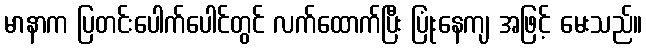
မာနာက ပြတင်းပေါက်ပေါင်တွင် လက်ထောက်ပြီး ပြုံးနေကျ အဖြင့် မေးသည်။